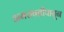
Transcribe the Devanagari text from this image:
अमरावतीपासून